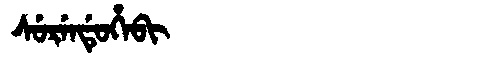
Manchu: ᠰᡠᡵᡝᠨᡩᡠᡥᡝᠪᡳ
Romanization: SURENDUHEBI